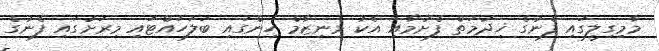
މާމިގިލީގައި ފެނުގެ ޚިދުމަތް ފެށުމާއި އެކު މިނިޒާމް ހިންގައި ބަލަހައްޓައި މިރަށުގައި ފެނުގެ